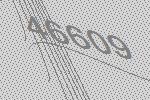
46609